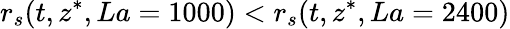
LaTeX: r_{s}(t,z^{*},La=1000)<r_{s}(t,z^{*},La=2400)